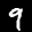
Label: 9